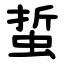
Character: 蜇